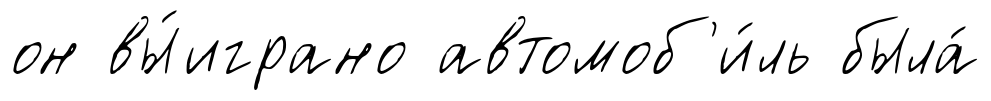
он вы́играно автомоб'и́ль была́